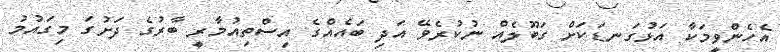
އެހެންވީމަކާ އަޅުގަނޑަކަށް ގަބޫލެއް ނުކުރެވޭ އަދި ބައެއްގެ އިސްތިއުމާރީ ބާރުގެ ދަށުގަ މިގައުމު